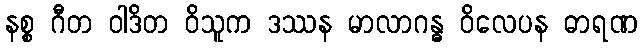
နစ္စ ဂီတ ဝါဒိတ ဝိသူက ဒဿန မာလာဂန္ဓ ဝိလေပန ဓာရဏ